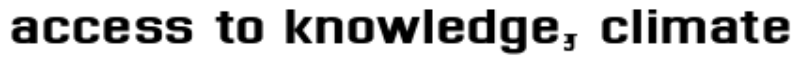
access to knowledge, climate